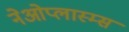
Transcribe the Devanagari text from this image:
नेओप्लास्म्स